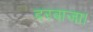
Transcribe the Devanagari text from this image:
दरवाजा।